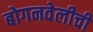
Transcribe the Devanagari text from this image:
बोगनवेलीची